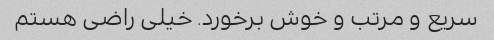
سریع و مرتب و خوش برخورد. خیلی راضی هستم